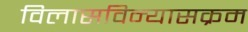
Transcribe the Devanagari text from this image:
विलासविन्यासक्रम